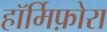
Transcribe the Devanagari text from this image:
हॉर्मिफ़ोरा